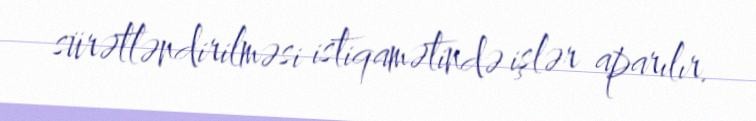
sürətləndirilməsi istiqamətində işlər aparılır.